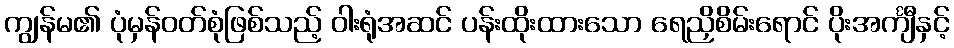
ကျွန်မ၏ ပုံမှန်ဝတ်စုံဖြစ်သည့် ဝါးရုံအဆင် ပန်းထိုးထားသော ရေညှိစိမ်းရောင် ပိုးအင်္ကျီနှင့်